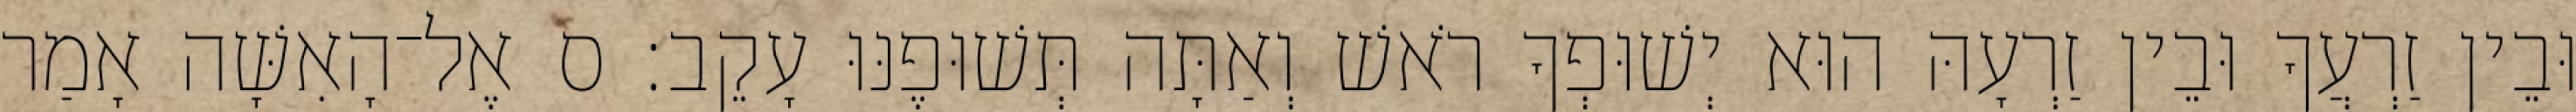
וּבֵין זַרְעֲךָ וּבֵין זַרְעָהּ הוּא יְשׁוּפְךָ רֹאשׁ וְאַתָּה תְּשׁוּפֶנּוּ עָקֵב׃ ס אֶל־הָאִשָּׁה אָמַר